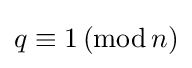
q\equiv 1\,({\text{mod}}\,n)